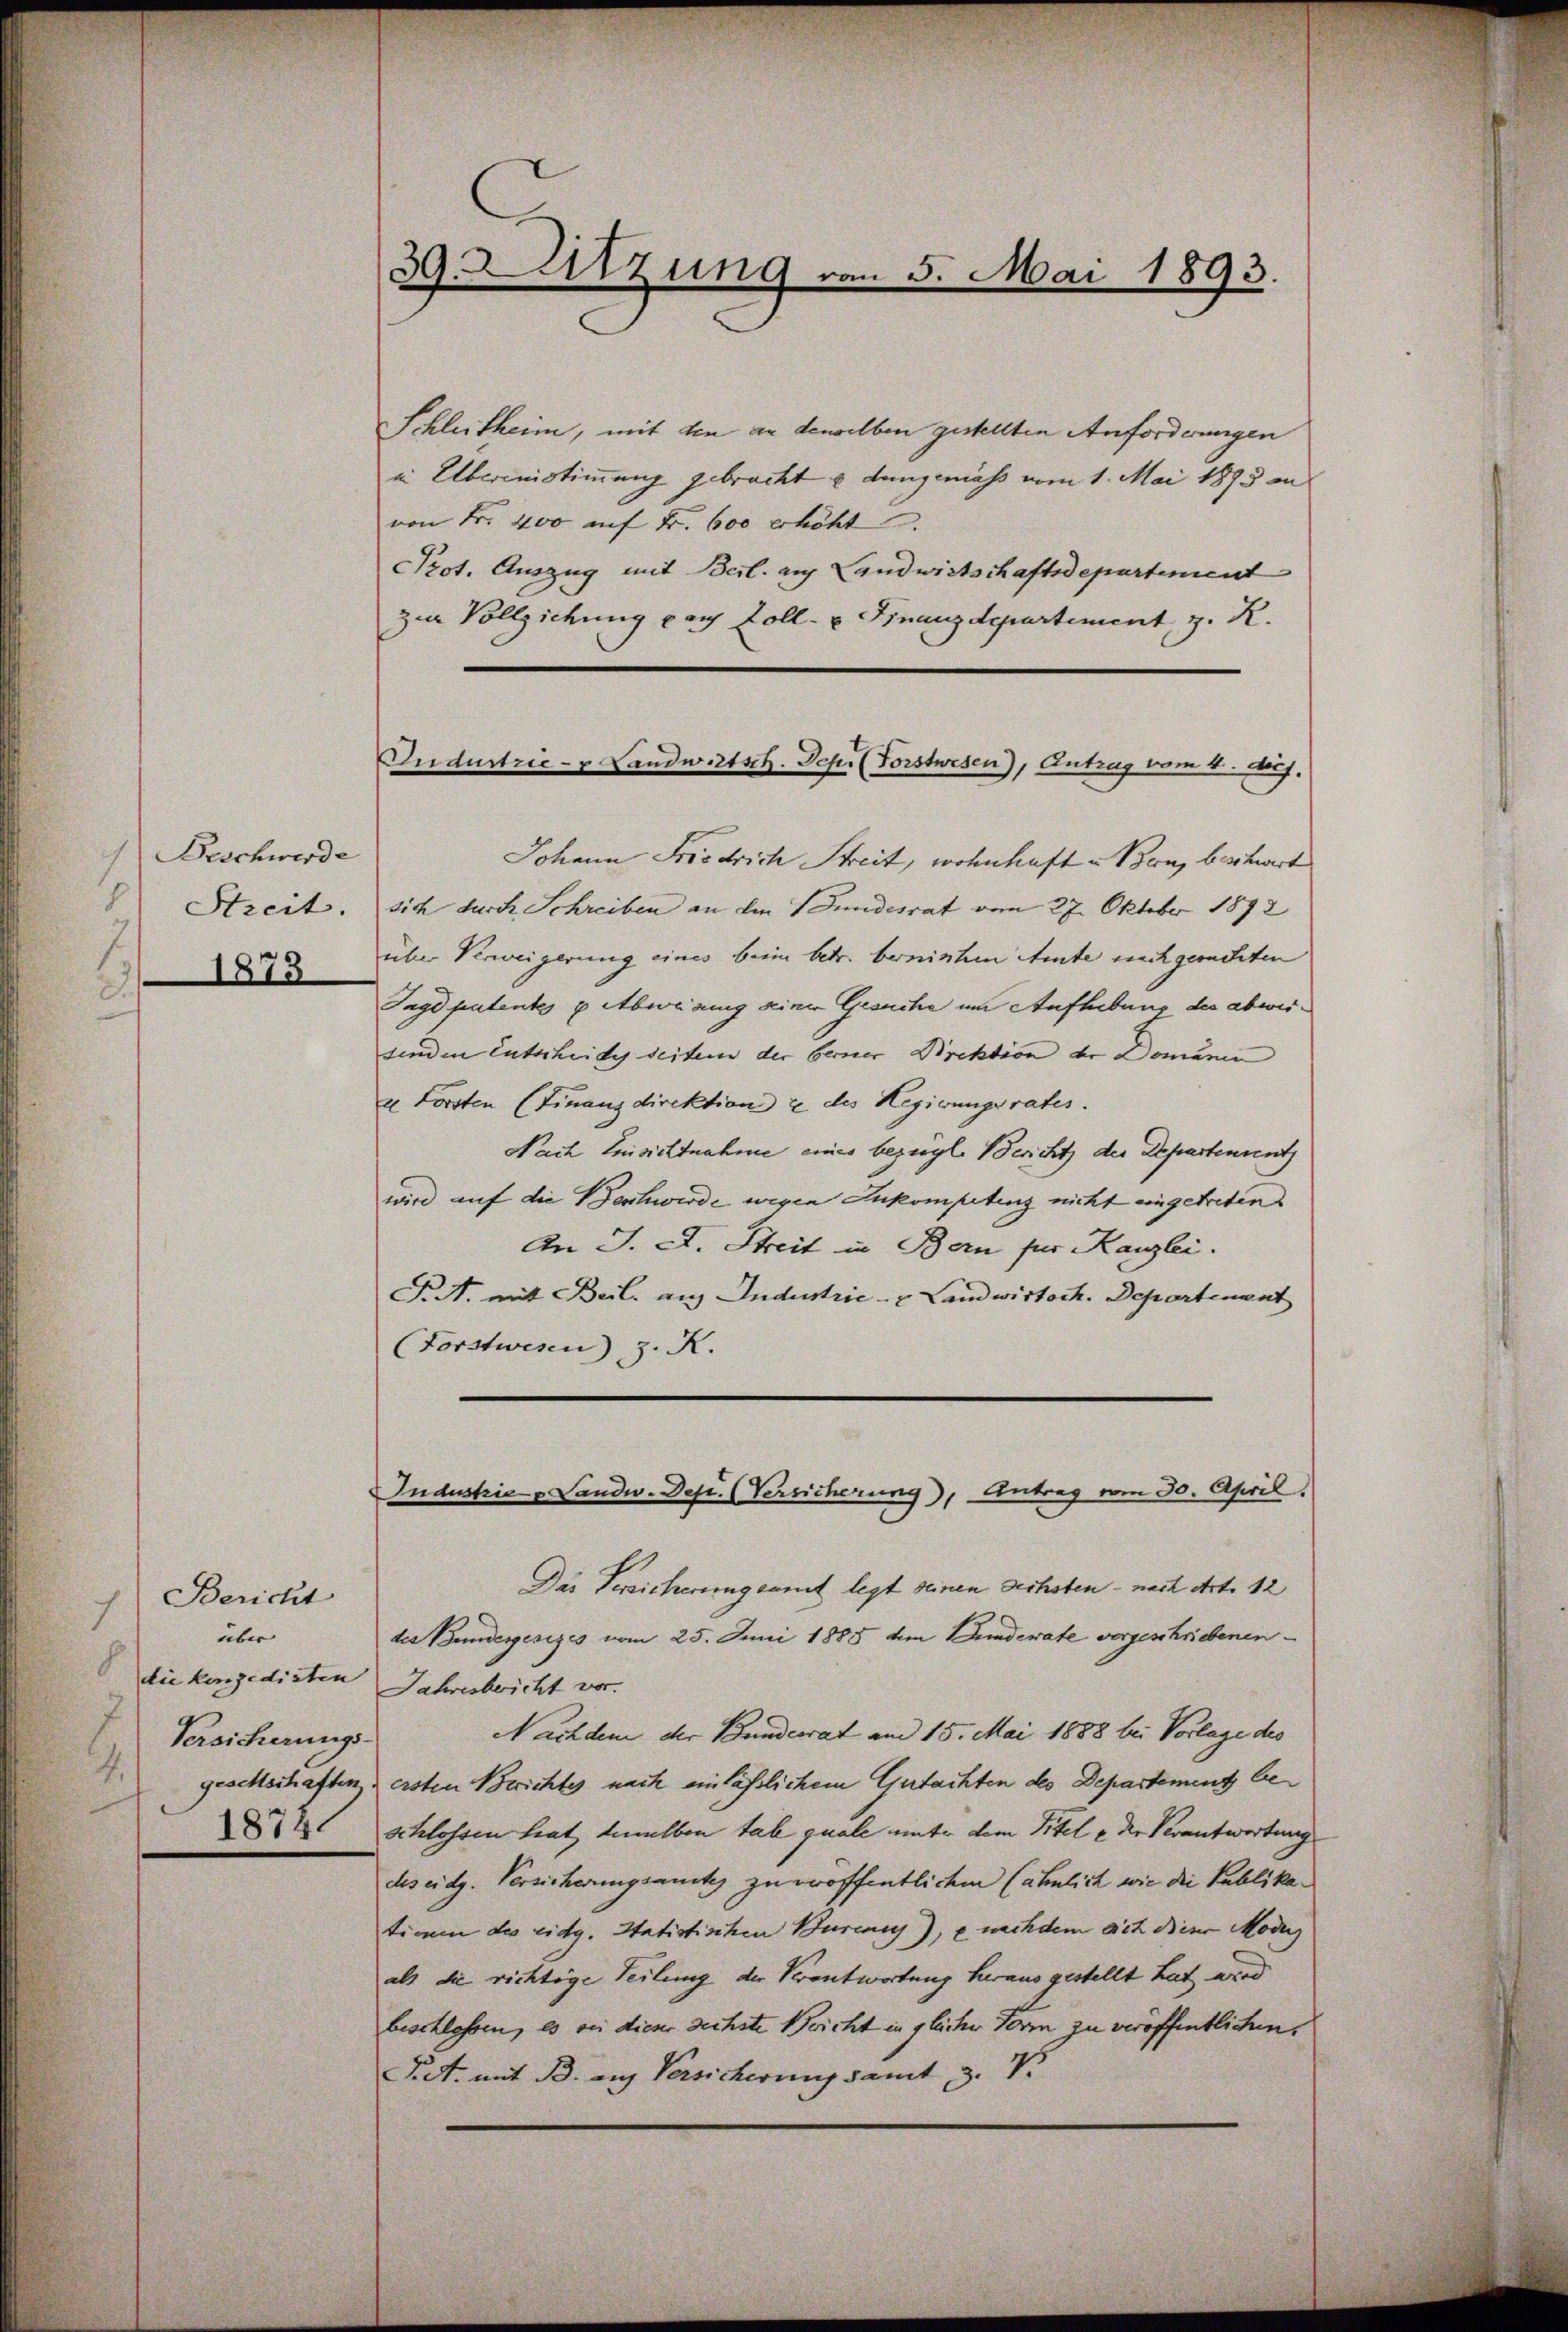
Beschwerde
Streit.
1873

Bericht
über
8
die konzedirten
Versicherungs-
.
1872.

39. Sitzung von 5. Mai 1893.

Industric- u Landwirtsch. Sehr (Forstwesen), Antrag vom 4. huj.

Schleitheim, mit den an denselben gestellten Anforderungen
in Übernistimmung gebracht u dangemäss vom 1. Mai 1895 an
von Fr. 400 auf Fr. 600 erhöht.
Prot. Auszug mit Berl. auf Landwirtschaftsdepartement
zur Vollziehung pach Zoll- u. Finanzdepartement, z. R.
Johann Friedrich Streit, wohnhaft u. Benz beschwert
sich durch Schreiben an den Bundesrat vom 27. Oktober 1892
übe Verweigerung eines beim betr. bernisten Amte nachgesuchten
Tage patentes & Abweisung seiner Gesuche um Aufhebung des abweisenden Entscheide seitem der berner Direktion der Domänen
u Forsten (Finanzdirektion & des Hegierungsrates.
Nach Einsichtnahme eines bezügl. Bericht der Departenunt
wird auf die Beschwerde wegen Inkompetenz nicht eingetreten
An J. L. Streit in Bern für Kanzlei.
P.M. mit Beil. aus Industrie- & Landwirtsch. Departenant
(Forstwesen), z. R.
Industrie u Landw. Dep. (Versicherung), Antrag vom 30. April.
Das Versicherung samt legt seinen sechsten - nach Art. 12
des Bundesgesezes vom 25. Juni 1885 dem Bunderate vorgeschriebenen
Jahresbericht vor.
Nachdem der Bundesrat am 15. Mai 1888 bei Vorlage des
geschschaften & ersten Berichtes nach einläßlichem Gutachten des Departement beschlossen hat demselben tal quale unter dem Titel e der Verantwortung
des eidg. Versicherungsantes zu veröffentlichen (ähnlich wie die Publikatime des eidg. Statistischen Buren), e nachdem sich dieser Moden
als die richtige Teilung der Verantwortung heraus gestellt hat, wied
beschloßen, es von dieser sechste Bericht in gleicher Form zu veröffentlichen,
Pct. mit B. auf Versicherung samt z. V.